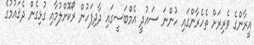
އީރާންގެ ވެރިރަށް ތެހެރާންގައި ހުންނަ ސައުދީ އެމްބަސީގައި ދާދިފަހުން ރޯކޮށްލުމާއި ގުޅިގެން ދެޤައުމުގެ